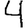
Digit: 4